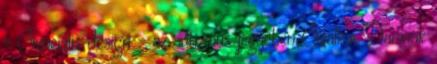
» Szociális design - az autizmus jegyében Szalkai Daninak